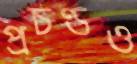
প্রচণ্ডও